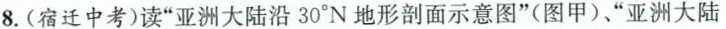
8.(宿迁中考)读”亚洲大陆沿30°N地形剖面示意图”(图甲)、”亚洲大陆